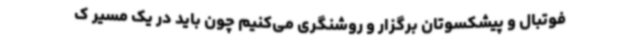
فوتبال و پیشکسوتان برگزار و روشنگری می‌کنیم چون باید در یک مسیر ک